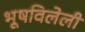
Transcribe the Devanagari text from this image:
भूषविलेली